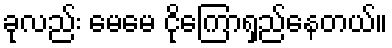
ခုလည်း မေမေ ငိုကြောရှည်နေတယ်။